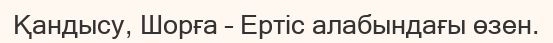
Қандысу, Шорға – Ертіс алабындағы өзен.